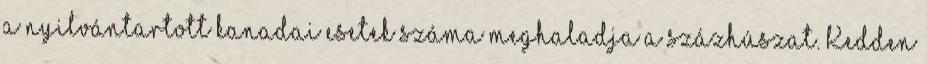
a nyilvántartott kanadai esetek száma meghaladja a százhúszat. Kedden